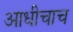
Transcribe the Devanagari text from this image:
आधीचाच